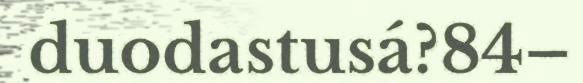
duodastusá?84–